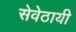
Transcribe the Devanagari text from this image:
सेवेठायी